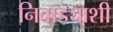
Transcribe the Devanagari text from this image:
निवाड्याशी